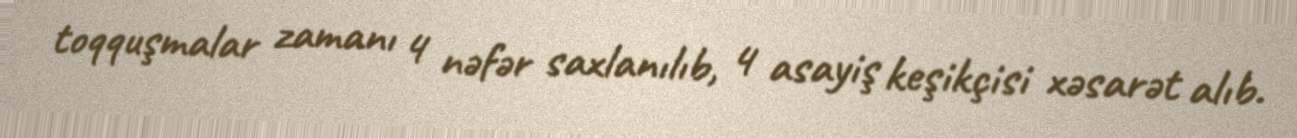
toqquşmalar zamanı 4 nəfər saxlanılıb, 4 asayiş keşikçisi xəsarət alıb.